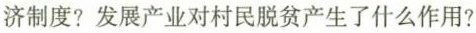
济制度?发展产业对村民脱贫产生了什么作用?